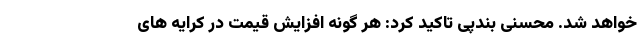
خواهد شد. محسنی بندپی تاکید کرد: هر گونه افزایش قیمت در کرایه های